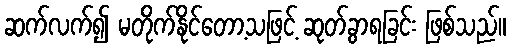
ဆက်လက်၍ မတိုက်နိုင်တော့သဖြင့် ဆုတ်ခွာရခြင်း ဖြစ်သည်။